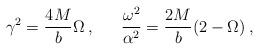
LaTeX: \begin{align*}\gamma^2=\frac{4M}{b}\Omega \:,\:\:\:\:\:\:\: \frac{\omega^2}{\alpha^2}= \frac{2M}{b}(2- \Omega)\:, \end{align*}